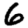
Digit: 6